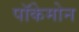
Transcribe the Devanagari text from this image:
पॉकेमोन